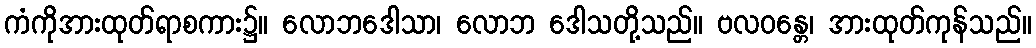
ကံကိုအားထုတ်ရာစကား၌။ လောဘဒေါသာ၊ လောဘ ဒေါသတို့သည်။ ဗလဝန္တေ၊ အားထုတ်ကုန်သည်။